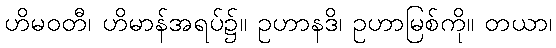
ဟိမဝတီ၊ ဟိမာန်အရပ်၌။ ဥဟာနဒိ၊ ဥဟာမြစ်ကို။ တယာ၊